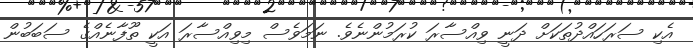
އެކި ސަރަހައްދުތަކަށް ދަނީ ވިއްސާރަ ކުރަމުންނެވެ. ނަމަވެސް މިވިއްސާރަ އަކީ ތޫފާނެއްގެ ސަބަބުން